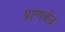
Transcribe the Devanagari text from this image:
प्राणकेंद्र